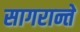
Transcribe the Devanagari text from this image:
सागरान्ते